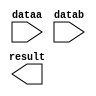
// megafunction wizard: %LPM_ADD_SUB%VBB%
// GENERATION: STANDARD
// VERSION: WM1.0
// MODULE: LPM_ADD_SUB 

// ============================================================
// Megafunction Name(s):
// 			LPM_ADD_SUB
//
// Simulation Library Files(s):
// 			lpm
// ============================================================
// ************************************************************
// THIS IS A WIZARD-GENERATED FILE. DO NOT EDIT THIS FILE!
//
// 15.1.0 Build 185 10/21/2015 SJ Lite Edition
// ************************************************************

//Copyright (C) 1991-2015 Altera Corporation. All rights reserved.
//Your use of Altera Corporation's design tools, logic functions 
//and other software and tools, and its AMPP partner logic 
//functions, and any output files from any of the foregoing 
//(including device programming or simulation files), and any 
//associated documentation or information are expressly subject 
//to the terms and conditions of the Altera Program License 
//Subscription Agreement, the Altera Quartus Prime License Agreement,
//the Altera MegaCore Function License Agreement, or other 
//applicable license agreement, including, without limitation, 
//that your use is for the sole purpose of programming logic 
//devices manufactured by Altera and sold by Altera or its 
//authorized distributors.  Please refer to the applicable 
//agreement for further details.

module add (
	dataa,
	datab,
	result);

	input	[31:0]  dataa;
	input	[31:0]  datab;
	output	[31:0]  result;

endmodule

// ============================================================
// CNX file retrieval info
// ============================================================
// Retrieval info: PRIVATE: CarryIn NUMERIC "0"
// Retrieval info: PRIVATE: CarryOut NUMERIC "0"
// Retrieval info: PRIVATE: ConstantA NUMERIC "0"
// Retrieval info: PRIVATE: ConstantB NUMERIC "0"
// Retrieval info: PRIVATE: Function NUMERIC "0"
// Retrieval info: PRIVATE: INTENDED_DEVICE_FAMILY STRING "Cyclone V"
// Retrieval info: PRIVATE: LPM_PIPELINE NUMERIC "0"
// Retrieval info: PRIVATE: Latency NUMERIC "0"
// Retrieval info: PRIVATE: Overflow NUMERIC "0"
// Retrieval info: PRIVATE: RadixA NUMERIC "10"
// Retrieval info: PRIVATE: RadixB NUMERIC "10"
// Retrieval info: PRIVATE: Representation NUMERIC "0"
// Retrieval info: PRIVATE: SYNTH_WRAPPER_GEN_POSTFIX STRING "0"
// Retrieval info: PRIVATE: ValidCtA NUMERIC "0"
// Retrieval info: PRIVATE: ValidCtB NUMERIC "0"
// Retrieval info: PRIVATE: WhichConstant NUMERIC "0"
// Retrieval info: PRIVATE: aclr NUMERIC "0"
// Retrieval info: PRIVATE: clken NUMERIC "0"
// Retrieval info: PRIVATE: nBit NUMERIC "32"
// Retrieval info: PRIVATE: new_diagram STRING "1"
// Retrieval info: LIBRARY: lpm lpm.lpm_components.all
// Retrieval info: CONSTANT: LPM_DIRECTION STRING "ADD"
// Retrieval info: CONSTANT: LPM_HINT STRING "ONE_INPUT_IS_CONSTANT=NO,CIN_USED=NO"
// Retrieval info: CONSTANT: LPM_REPRESENTATION STRING "SIGNED"
// Retrieval info: CONSTANT: LPM_TYPE STRING "LPM_ADD_SUB"
// Retrieval info: CONSTANT: LPM_WIDTH NUMERIC "32"
// Retrieval info: USED_PORT: dataa 0 0 32 0 INPUT NODEFVAL "dataa[31..0]"
// Retrieval info: USED_PORT: datab 0 0 32 0 INPUT NODEFVAL "datab[31..0]"
// Retrieval info: USED_PORT: result 0 0 32 0 OUTPUT NODEFVAL "result[31..0]"
// Retrieval info: CONNECT: @dataa 0 0 32 0 dataa 0 0 32 0
// Retrieval info: CONNECT: @datab 0 0 32 0 datab 0 0 32 0
// Retrieval info: CONNECT: result 0 0 32 0 @result 0 0 32 0
// Retrieval info: GEN_FILE: TYPE_NORMAL add.v TRUE
// Retrieval info: GEN_FILE: TYPE_NORMAL add.inc FALSE
// Retrieval info: GEN_FILE: TYPE_NORMAL add.cmp FALSE
// Retrieval info: GEN_FILE: TYPE_NORMAL add.bsf TRUE
// Retrieval info: GEN_FILE: TYPE_NORMAL add_inst.v TRUE
// Retrieval info: GEN_FILE: TYPE_NORMAL add_bb.v TRUE
// Retrieval info: LIB_FILE: lpm